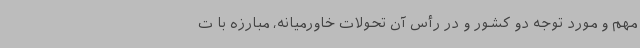
مهم و مورد توجه دو کشور و در رأس آن تحولات خاورمیانه، مبارزه با ت